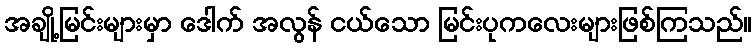
အချို့မြင်းများမှာ ဒေါက် အလွန် ငယ်သော မြင်းပုကလေးများဖြစ်ကြသည်။